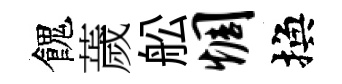
餽薉舩惆換